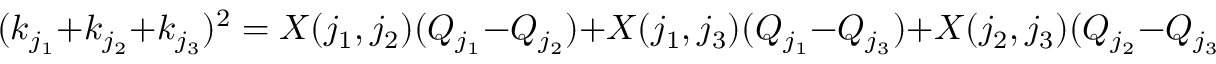
( k _ { j _ { 1 } } + k _ { j _ { 2 } } + k _ { j _ { 3 } } ) ^ { 2 } = X ( j _ { 1 } , j _ { 2 } ) ( Q _ { j _ { 1 } } - Q _ { j _ { 2 } } ) + X ( j _ { 1 } , j _ { 3 } ) ( Q _ { j _ { 1 } } - Q _ { j _ { 3 } } ) + X ( j _ { 2 } , j _ { 3 } ) ( Q _ { j _ { 2 } } - Q _ { j _ { 3 } } ) ,